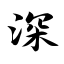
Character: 深